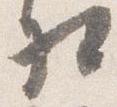
相